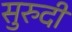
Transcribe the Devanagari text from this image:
सुरुदी